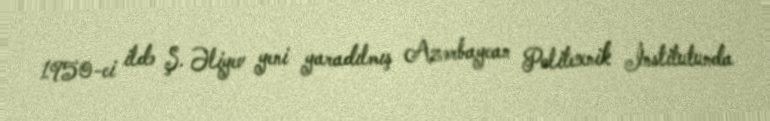
1950-ci ildə Ş. Əliyev yeni yaradılmış Azərbaycan Politexnik İnstitutunda